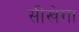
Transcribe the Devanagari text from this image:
सीखेगा